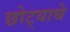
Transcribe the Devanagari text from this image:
छोट्याचे